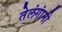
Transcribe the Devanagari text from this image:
तेलंगांनी